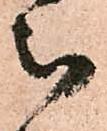
被